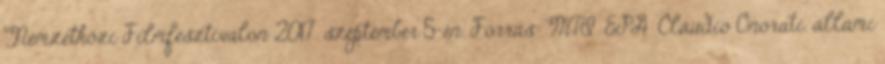
Nemzetközi Filmfesztiválon 2017. szeptember 5-én. Forrás: MTI EPA Claudio Onorati. állami